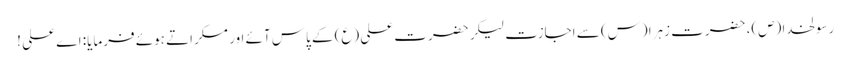
رسولخدا (ص)، حضرت زہرا (س) سے اجازت لیکر حضرت علی (ع) کے پاس آئے اور مسکراتے ہوئے فرمایا: اے علی !